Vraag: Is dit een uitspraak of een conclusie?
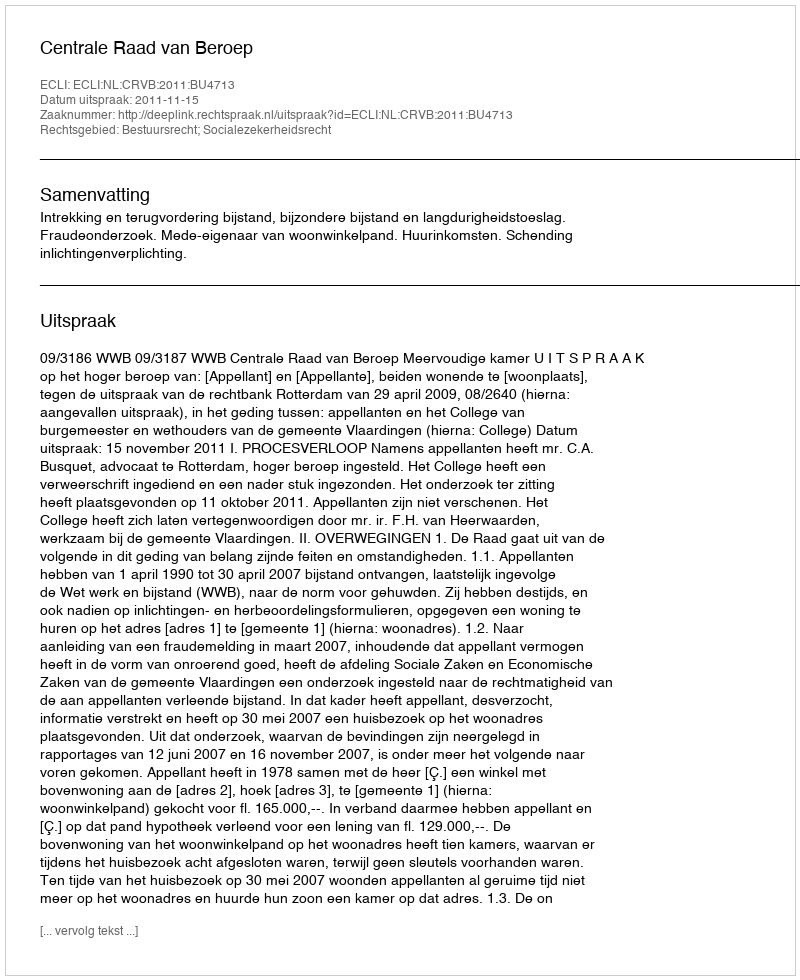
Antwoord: Uitspraak